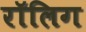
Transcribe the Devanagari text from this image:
रॉलिग